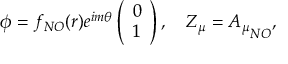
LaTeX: \phi = f _ { N O } ( r ) e ^ { i m \theta } \left( \begin{array} { c } { { 0 } } \\ { { 1 } } \end{array} \right) , \quad Z _ { \mu } = { A _ { \mu } } _ { N O } ,